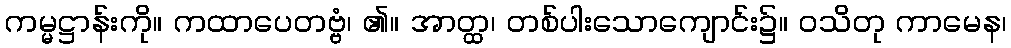
ကမ္မဋ္ဌာန်းကို။ ကထာပေတဗ္ဗံ၊ ၏။ အာတ္ထ၊ တစ်ပါးသောကျောင်း၌။ ဝသိတု ကာမေန၊